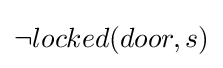
\neg locked(door,s)